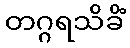
တဂ္ဂရသိခိံ